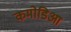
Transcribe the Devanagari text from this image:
कमोडिआ